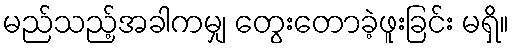
မည်သည့်အခါကမျှ တွေးတောခဲ့ဖူးခြင်း မရှိ။